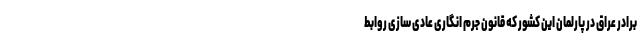
برادر عراق در پارلمان این کشور که قانون جرم انگاری عادی سازی روابط